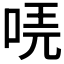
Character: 𠳟